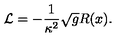
{ \cal L } = - \frac { 1 } { \kappa ^ { 2 } } \sqrt { g } R ( x ) .